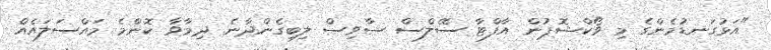
"އަޅުގަނޑުމެންގެ މި ވޯކްޝޮޕުން އާފްޓާ ސޭލްސް ސާވިސް ލިބިގެންދާނެ. ދިމާވާ ކޮންމެ މައްސަލައެއް